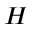
H